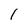
Character: l